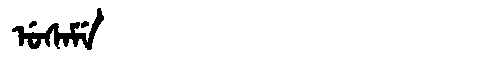
Manchu: ᡠᠰᠠᠮᡝ
Romanization: USAME